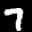
Label: 7